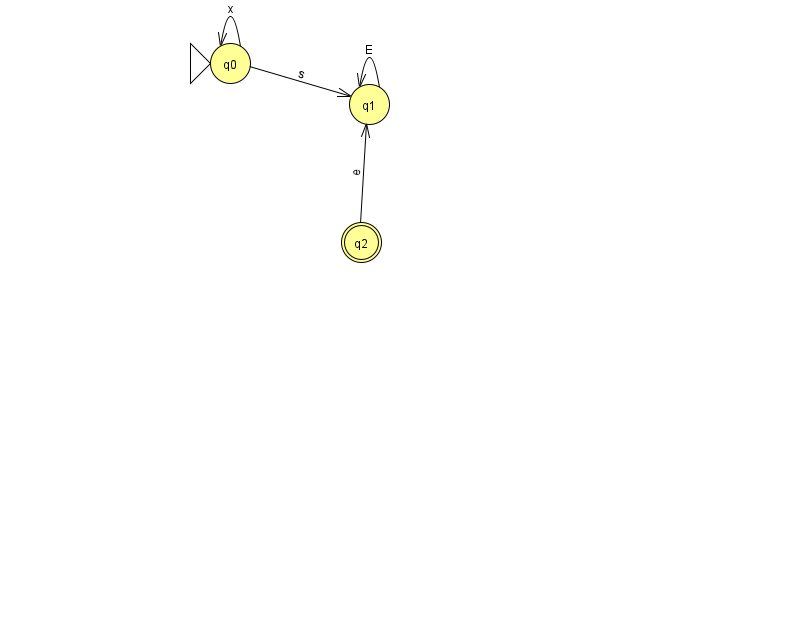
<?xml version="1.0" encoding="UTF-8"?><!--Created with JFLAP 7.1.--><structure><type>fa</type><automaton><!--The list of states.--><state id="0" name="q0"><x>230.0</x><y>50.0</y><initial/></state><state id="1" name="q1"><x>369.0</x><y>91.0</y></state><state id="2" name="q2"><x>361.0</x><y>229.0</y><final/></state><!--The list of transitions.--><transition><from>1</from><to>1</to><read>E</read></transition><transition><from>0</from><to>0</to><read>x</read></transition><transition><from>0</from><to>1</to><read>s</read></transition><transition><from>2</from><to>1</to><read>e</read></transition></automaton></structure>